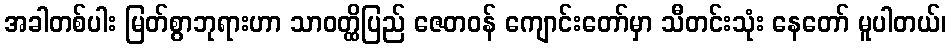
အခါတစ်ပါး မြတ်စွာဘုရားဟာ သာဝတ္ထိပြည် ဇေတဝန် ကျောင်းတော်မှာ သီတင်းသုံး နေတော် မူပါတယ်၊